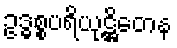
ဥဒ္ဓစ္စပရိယုဋ္ဌိတေန